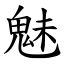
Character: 魅